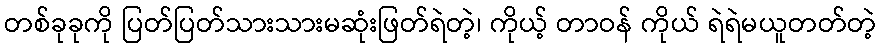
တစ်ခုခုကို ပြတ်ပြတ်သားသားမဆုံးဖြတ်ရဲတဲ့၊ ကိုယ့် တာဝန် ကိုယ် ရဲရဲမယူတတ်တဲ့